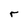
Character: r